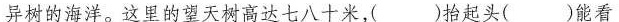
异树的海洋。这里的望天树高达七八十米，()抬起头()能看